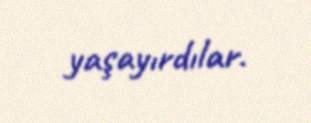
yaşayırdılar.